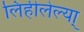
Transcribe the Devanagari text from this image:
लिहीलेल्या्